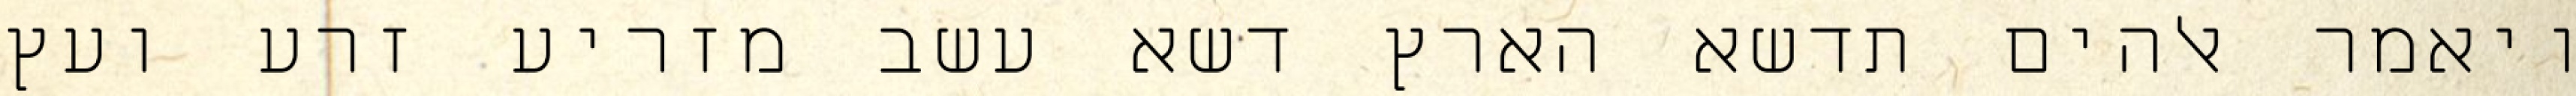
ויאמר אלהים תדשא הארץ דשא עשב מזריע זרע ועץ